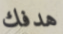
هدفك